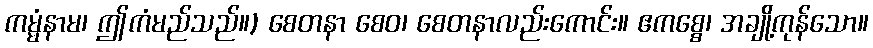
ကမ္မံနာမ၊ ဤကံမည်သည်။) စေတနာ စေဝ၊ စေတနာလည်းကောင်း။ ဧကစ္စေ၊ အချို့ကုန်သော။